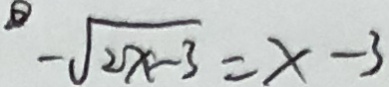
- \sqrt { 2 x - 3 } = x - 3